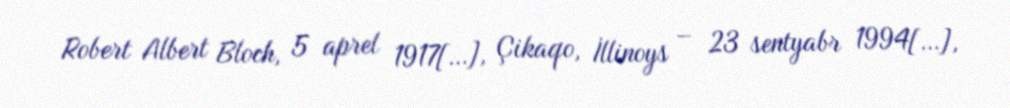
Robert Albert Bloch, 5 aprel 1917[…], Çikaqo, İllinoys – 23 sentyabr 1994[…],